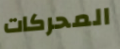
المحركات